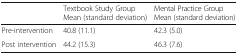
<table><thead><tr><td></td><td><b>Textbook Study Group Mean (standard deviation)</b></td><td><b>Mental Practice Group Mean (standard deviation)</b></td></tr></thead><tbody><tr><td>Pre-intervention</td><td>40.8 (11.1)</td><td>42.3 (5.0)</td></tr><tr><td>Post intervention</td><td>44.2 (15.3)</td><td>46.3 (7.6)</td></tr></tbody></table>